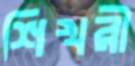
শিখরী